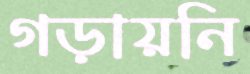
গড়ায়নি